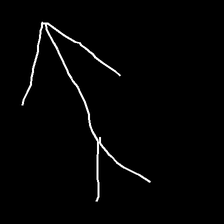
Glyph: gather